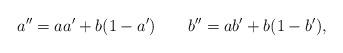
LaTeX: \begin{align*}a''=aa'+b(1-a') \;\;\;\;\;\;\; b''=ab'+b(1-b'),\end{align*}